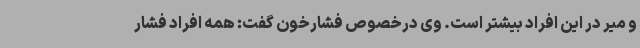
و میر در این افراد بیشتر است. وی درخصوص فشارخون گفت: همه افراد فشار